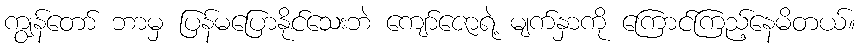
ကျွန်တော် ဘာမှ ပြန်မပြောနိုင်သေးဘဲ ကျော်ဇောရဲ့ မျက်နှာကို ကြောင်ကြည့်နေမိတယ်။